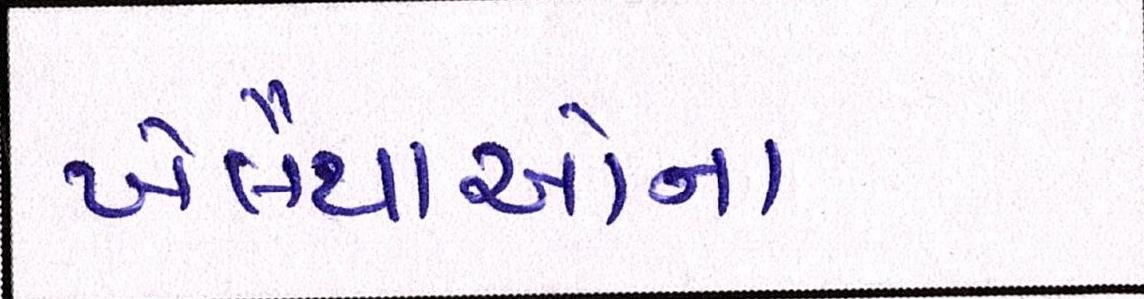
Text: ખેલૈયાઓના